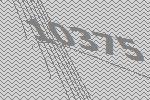
10375